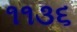
૧૧૩૬